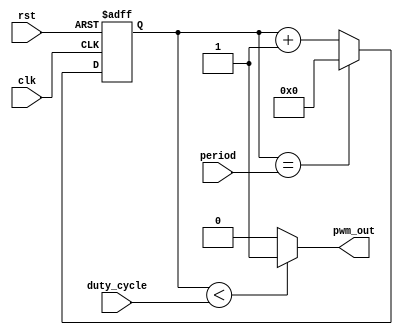
module pwm_timer(
    input wire clk,
    input wire rst,
    input wire [7:0] period,
    input wire [7:0] duty_cycle,
    output reg pwm_out
);

reg [7:0] counter;

always @(posedge clk or posedge rst) begin
    if (rst) begin
        counter <= 8'b0;
    end else begin
        if (counter == period) begin
            counter <= 8'b0;
        end else begin
            counter <= counter + 1;
        end
    end
end

always @(*) begin
    if (counter < duty_cycle) begin
        pwm_out = 1'b1;
    end else begin
        pwm_out = 1'b0;
    end
end

endmodule